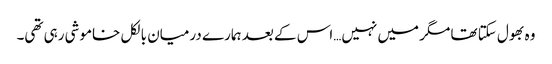
وہ بھول سکتا تھا مگر میں نہیں…اس کے بعد ہمارے درمیان بالکل خاموشی رہی تھی۔